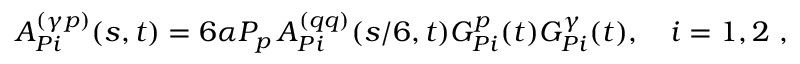
A _ { { \cal P } i } ^ { ( \gamma p ) } ( s , t ) = 6 \alpha P _ { p } \, A _ { { \cal P } i } ^ { ( q q ) } ( s / 6 , t ) G _ { { \cal P } i } ^ { p } ( t ) G _ { { \cal P } i } ^ { \gamma } ( t ) , \quad i = 1 , 2 \ ,